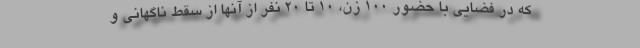
که در فضایی با حضور 100 زن، 10 تا 20 نفر از آنها از سقط ناگهانی و